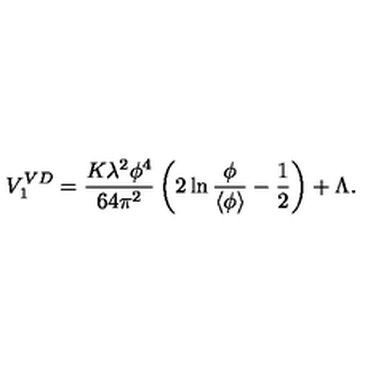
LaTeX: V _ { 1 } ^ { V D } = { \frac { K \lambda ^ { 2 } \phi ^ { 4 } } { 6 4 \pi ^ { 2 } } } \left( 2 \ln { \frac { \phi } { \left< \phi \right> } } - { \frac { 1 } { 2 } } \right) + \Lambda .